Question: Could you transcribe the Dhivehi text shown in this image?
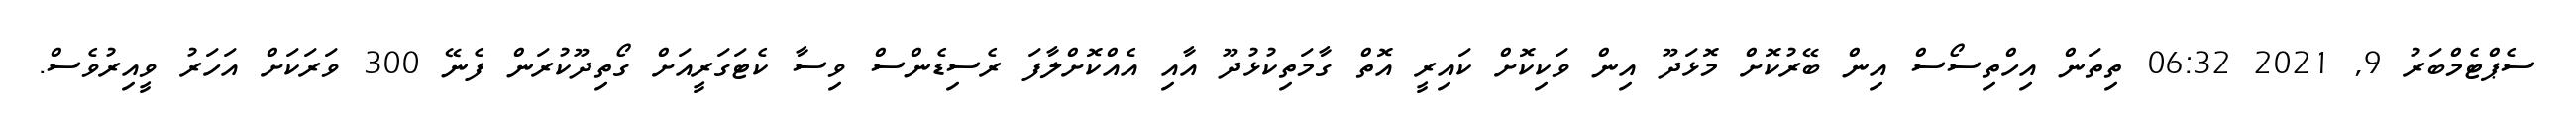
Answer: ސެޕްޓެމްބަރު 9, 2021 06:32 ތިތަން އިހްތިސޯސް އިން ބޭރުކޮށް މޮޅަދޫ އިން ވަކިކޮށް ކައިރީ އޮތް ގާމަތިކުޅުދޫ އާއި އެއްކޮށްލާފަ ރެސިޑެންސް ވިސާ ކެޓަގަރީއަށް ގޯތިދޫކުރަން ފެނޭ 300 ވަރަކަށް އަހަރު ވީއިރުވެސް.